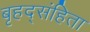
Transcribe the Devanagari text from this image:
बृहद्संहिता